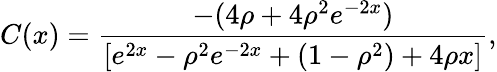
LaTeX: C(x)=\frac{-(4\rho+4\rho^{2}e^{-2x})}{[e^{2x}-\rho^{2}e^{-2x}+(1-\rho^{2})+4\rho x]},